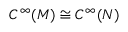
C ^ { \infty } ( M ) \cong C ^ { \infty } ( N )